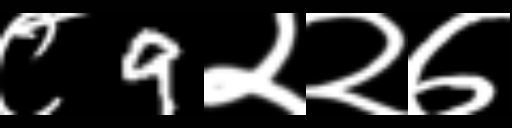
Text: ८9२२७